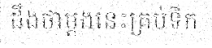
ដឹងថាម្តងនេះគ្រប់ទឹក